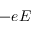
- e E